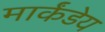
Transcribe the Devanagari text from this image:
मार्कंंडेय